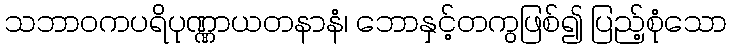
သဘာဝကပရိပုဏ္ဏာယတနာနံ၊ ဘောနှင့်တကွဖြစ်၍ ပြည့်စုံသော